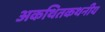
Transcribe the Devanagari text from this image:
अकथितकथनीय